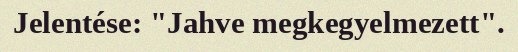
Jelentése: "Jahve megkegyelmezett".